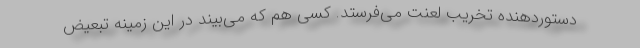
دستوردهنده تخریب لعنت می‌فرستد. کسی هم که می‌بیند در این زمینه تبعیض